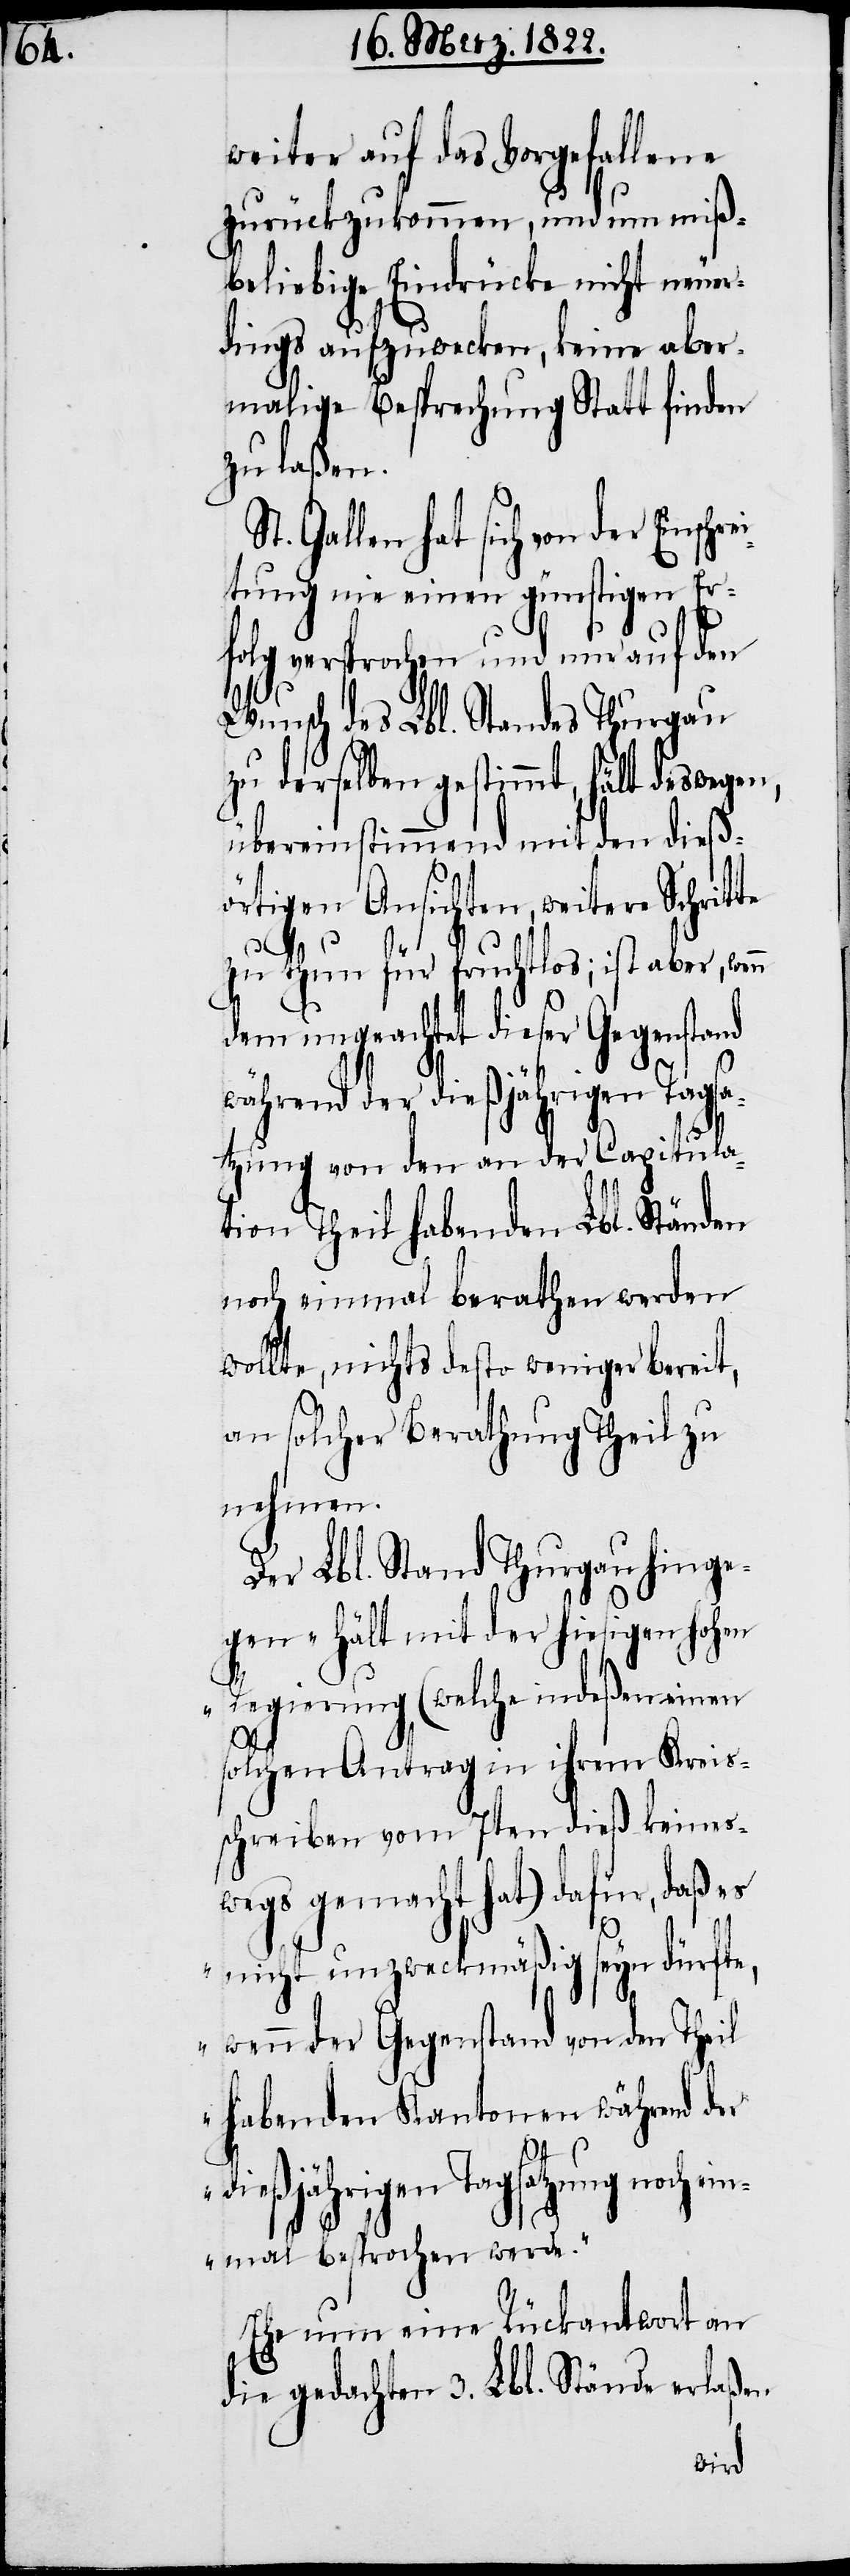
weiter auf das Vorgefallene
zurückzukommen, und um miß¬
beliebige Eindrücke nicht neuer¬
dings aufzuwecken, keine aber¬
malig Besprechung Statt finden
zu laßen.
t. Gallen hat sich von der
itung nie einen günstigen Er¬
folg versprochen und nur auf den
Wunsch des Lbl. Standes Thurgau
zu derselben gestimmt, hält deswegen
übereinstimmend mit den dieß¬
örtigen Ansichten, weitere Schrit¬
zu thun für fruchtlos; ist aber, wen¬
dem ungeachtet dieser Gegenstand
während der dießjährigen Tagsa¬
tzung von den an der Capitula¬
tion Theil habenden Lbl. Ständen
noch einmal berathen werden
wollte, nichts desto weniger bereit,
an solcher Berathung Theil zu
nehmen.
Der Lbl. Stand Thurgau hinge¬
gen „hält mit hiesigen hohen
Regierung (welche indeßen einen
te
solchen Antrag in ihrem Kreis¬
schreiben vom 7ten dieß keines¬
wegs gemacht hat) dafür, daß es
nicht unzweckgemäß seyn dürfte,
wenn der Gegenstand von den Theil
hebenden Kantonen während der
n
dießjährigen Tagsatzung noch
einmal besprochen wird.“
Ehe nun eine Rückantwort an
die gedachten 3. Lbl. Stände erlaßen